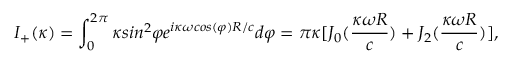
I _ { + } ( \kappa ) = \int _ { 0 } ^ { 2 \pi } { \kappa } s i n ^ { 2 } { \varphi } e ^ { i \kappa \omega { c o s ( \varphi ) } R / c } d { \varphi } = \pi { \kappa } [ J _ { 0 } ( \frac { \kappa \omega { R } } { c } ) + J _ { 2 } ( \frac { \kappa \omega { R } } { c } ) ] ,